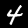
Digit: 4